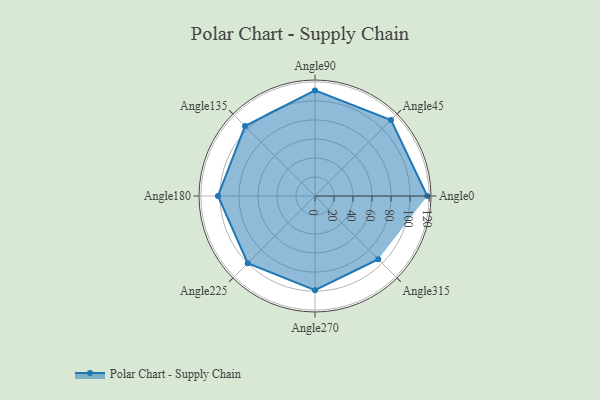
{"axis": {"x": "Angle", "y": "Radius"}, "legend": [""], "data": [{"x": "Angle0", "y": 118.0, "type": ""}, {"x": "Angle45", "y": 113.0, "type": ""}, {"x": "Angle90", "y": 111.0, "type": ""}, {"x": "Angle135", "y": 104.0, "type": ""}, {"x": "Angle180", "y": 102.0, "type": ""}, {"x": "Angle225", "y": 100.0, "type": ""}, {"x": "Angle270", "y": 99.0, "type": ""}, {"x": "Angle315", "y": 94.0, "type": ""}]}